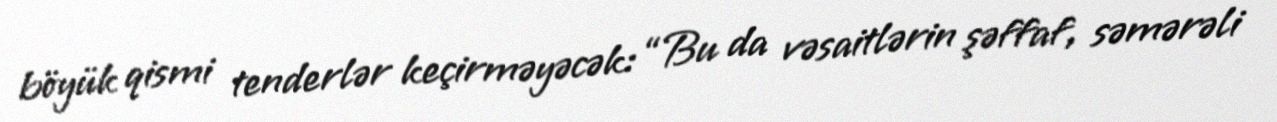
böyük qismi tenderlər keçirməyəcək: “Bu da vəsaitlərin şəffaf, səmərəli